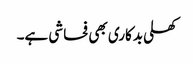
کھلی بدکاری بھی فحاشی ہے۔